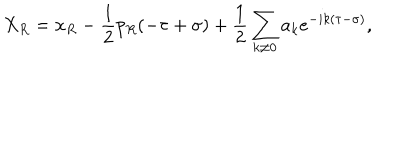
X _ { R } = x _ { R } - \frac { 1 } { 2 } p _ { R } ( - \tau + \sigma ) + \frac { 1 } { 2 } \sum _ { k \neq 0 } a _ { k } e ^ { - i k ( \tau - \sigma ) } ,